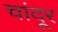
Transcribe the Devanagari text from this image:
चांदूर